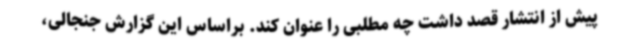
پیش از انتشار قصد داشت چه مطلبی را عنوان کند. براساس این گزارش جنجالی،